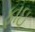
ફાઇ